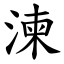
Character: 湅